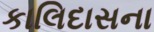
કાલિદાસના